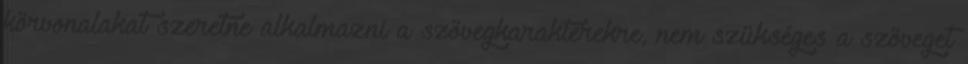
körvonalakat szeretne alkalmazni a szövegkarakterekre, nem szükséges a szöveget